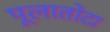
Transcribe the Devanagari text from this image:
पूलातोटा